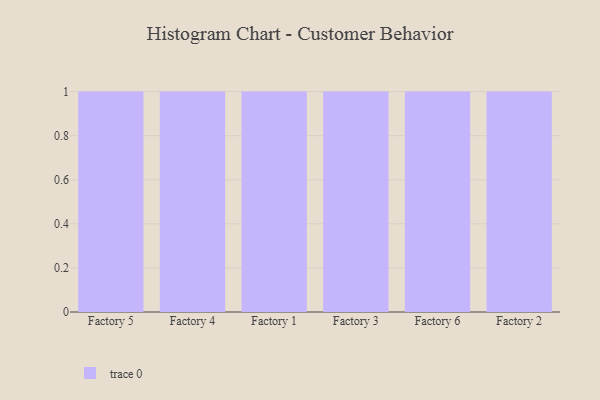
{"axis": {"x": "Factory", "y": "Satisfaction Score"}, "legend": [""], "data": [{"x": "Factory 5", "y": 13, "type": ""}, {"x": "Factory 4", "y": 3, "type": ""}, {"x": "Factory 1", "y": 38, "type": ""}, {"x": "Factory 3", "y": 10, "type": ""}, {"x": "Factory 6", "y": 15, "type": ""}, {"x": "Factory 2", "y": 58, "type": ""}]}